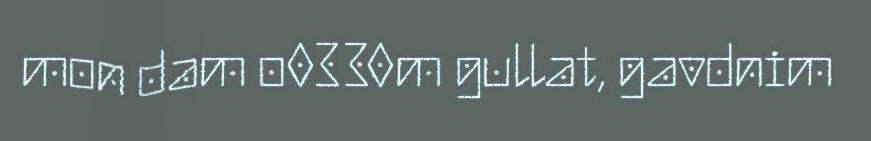
mon dam o0330m gullat, gavdnim